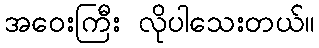
အဝေးကြီး လိုပါသေးတယ်။